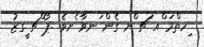
ިހތްމަ ްއ ަޗ ްށ ގެން ަނވާ ެށވެ .ޕޯ ްޗ ީގޒު